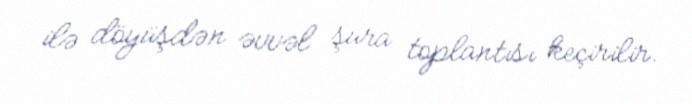
ilə döyüşdən əvvəl şura toplantısı keçirilir.